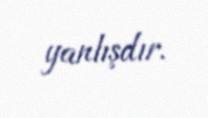
yanlışdır.